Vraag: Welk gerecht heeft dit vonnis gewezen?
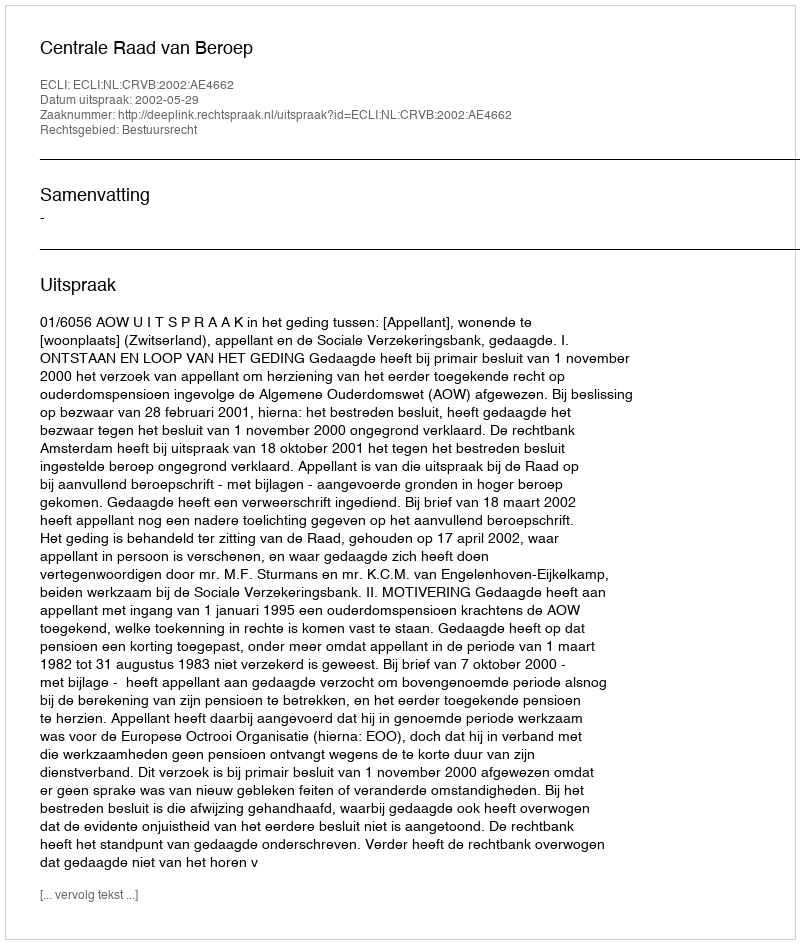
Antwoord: Centrale Raad van Beroep